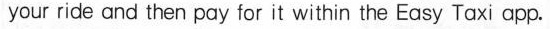
your ride and then pay for it within the Easy Taxi app.